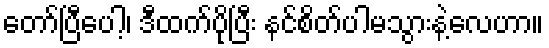
တော်ပြီပေါ့၊ ဒီထက်ပိုပြီး နင်စိတ်ပါမသွားနဲ့လေဟာ။